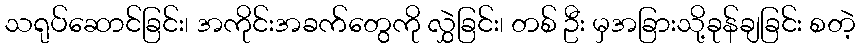
သရုပ်ဆောင်ခြင်း၊ အကိုင်းအခက်တွေကို လွှဲခြင်း၊ တစ် ဦး မှအခြားသို့ခုန်ချခြင်း စတဲ့